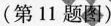
(第11题图)